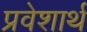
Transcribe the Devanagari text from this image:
प्रवेशार्थ